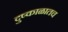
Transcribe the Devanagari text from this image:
दुष्काळातच